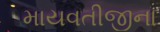
માયવતીજીના